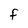
Character: F